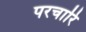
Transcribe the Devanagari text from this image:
परचारि